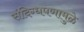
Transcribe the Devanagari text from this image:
संदिग्धपणामुळे